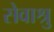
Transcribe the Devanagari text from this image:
सेवाश्रु